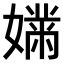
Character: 𫱱